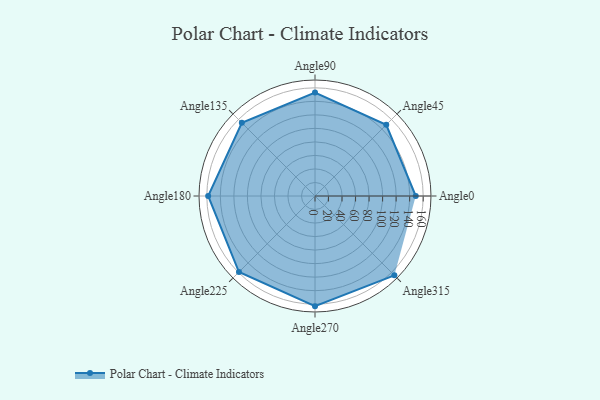
{"axis": {"x": "Angle", "y": "Radius"}, "legend": [""], "data": [{"x": "Angle0", "y": 149.0, "type": ""}, {"x": "Angle45", "y": 149.0, "type": ""}, {"x": "Angle90", "y": 153.0, "type": ""}, {"x": "Angle135", "y": 153.0, "type": ""}, {"x": "Angle180", "y": 158.0, "type": ""}, {"x": "Angle225", "y": 159.0, "type": ""}, {"x": "Angle270", "y": 163.0, "type": ""}, {"x": "Angle315", "y": 166.0, "type": ""}]}